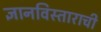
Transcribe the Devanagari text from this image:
ज्ञानविस्ताराची